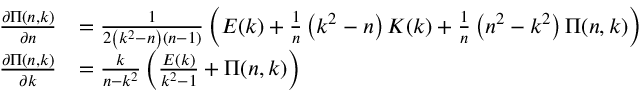
{ \begin{array} { r l } { { \frac { \partial \Pi ( n , k ) } { \partial n } } } & { = { \frac { 1 } { 2 \left( k ^ { 2 } - n \right) ( n - 1 ) } } \left( E ( k ) + { \frac { 1 } { n } } \left( k ^ { 2 } - n \right) K ( k ) + { \frac { 1 } { n } } \left( n ^ { 2 } - k ^ { 2 } \right) \Pi ( n , k ) \right) } \\ { { \frac { \partial \Pi ( n , k ) } { \partial k } } } & { = { \frac { k } { n - k ^ { 2 } } } \left( { \frac { E ( k ) } { k ^ { 2 } - 1 } } + \Pi ( n , k ) \right) } \end{array} }